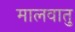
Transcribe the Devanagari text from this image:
मालवातु